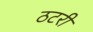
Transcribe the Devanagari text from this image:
ठटरी